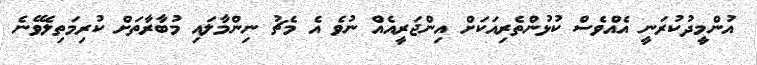
އުންމީދުކުރަނީ އެއްވެސް ކުޅުންތެރިއަކަށް އިންޖަރީއެއް ނުވެ އެ މެޗު ނިންމާލައި މުބާރާތަށް ކުރިމަތިލެވޭނެ